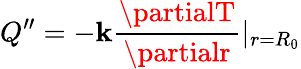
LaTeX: Q^{\prime\prime}=-\mathbf{k}\frac{{\partialT}}{{\partialr}}|_{r=R_{0}}